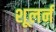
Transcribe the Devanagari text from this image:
शूलर्न